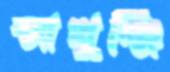
আখুঞ্জি